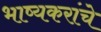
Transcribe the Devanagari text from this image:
भाष्यकरांचे